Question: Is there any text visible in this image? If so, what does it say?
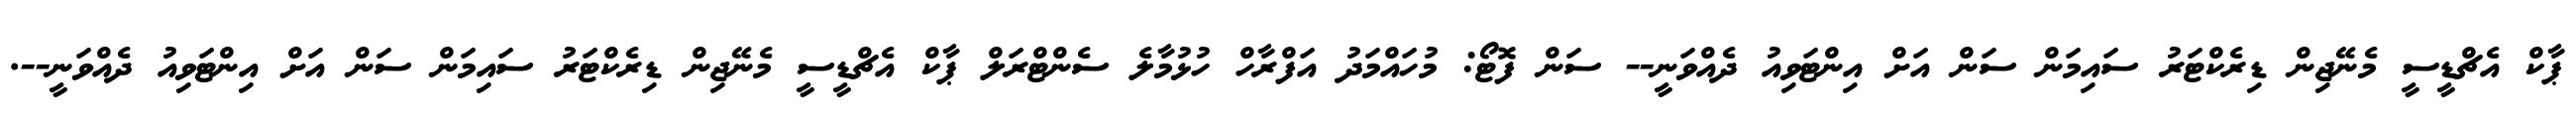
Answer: ޕާކް އެޗްޑީސީ މެނޭޖިން ޑިރެކްޓަރު ސައިމަން ސަން އަށް އިންޓަވިއު ދެއްވަނީ-- ސަން ފޮޓޯ: މުހައްމަދު އަފްރާހް ހުޅުމާލެ ސެންޓްރަލް ޕާކް އެޗްޑީސީ މެނޭޖިން ޑިރެކްޓަރު ސައިމަން ސަން އަށް އިންޓަވިއު ދެއްވަނީ--.